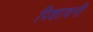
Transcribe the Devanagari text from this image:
पिशाचनी